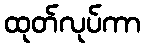
ထုတ်လုပ်ကာ